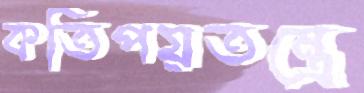
কতিপয়তন্ত্রে